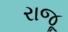
રાજૂ